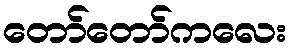
တော်တော်ကလေး